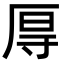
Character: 㕌